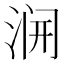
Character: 𱦭